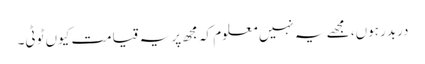
دربدر ہوں، مجھے یہ نہیں معلوم کہ مجھ پر یہ قیامت کیوں ٹوٹی۔